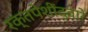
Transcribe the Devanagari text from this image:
रक्तपेशींद्वारे